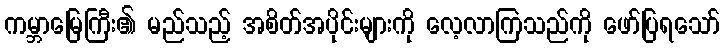
ကမ္ဘာမြေကြီး၏ မည်သည့် အစိတ်အပိုင်းများကို လေ့လာကြသည်ကို ဖော်ပြရသော်